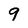
Character: 9